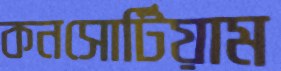
কনসোর্টিয়াম